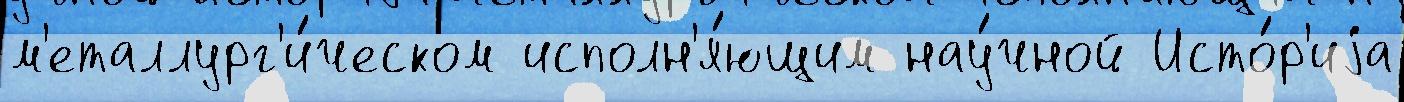
м'еталлург'и́ческом исполн'я́ющим нау́чной Исто́р'иjа